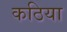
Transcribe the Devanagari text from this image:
कठिया